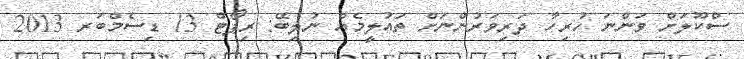
ސްކޫލަށް ވަންނަ ހުރިހާ ދަރިވަރުންނަށް ތައުލީމެއް ނުލިބޭ: ރިޕޯޓް 13 ޑިސެމްބަރ 2013